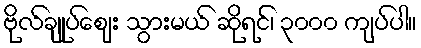
ဗိုလ်ချုပ်ဈေး သွားမယ် ဆိုရင်၊ ၃၀၀၀ ကျပ်ပါ။